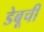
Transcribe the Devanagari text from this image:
डेबूची